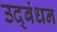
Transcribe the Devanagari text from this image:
उद्‍बंधन